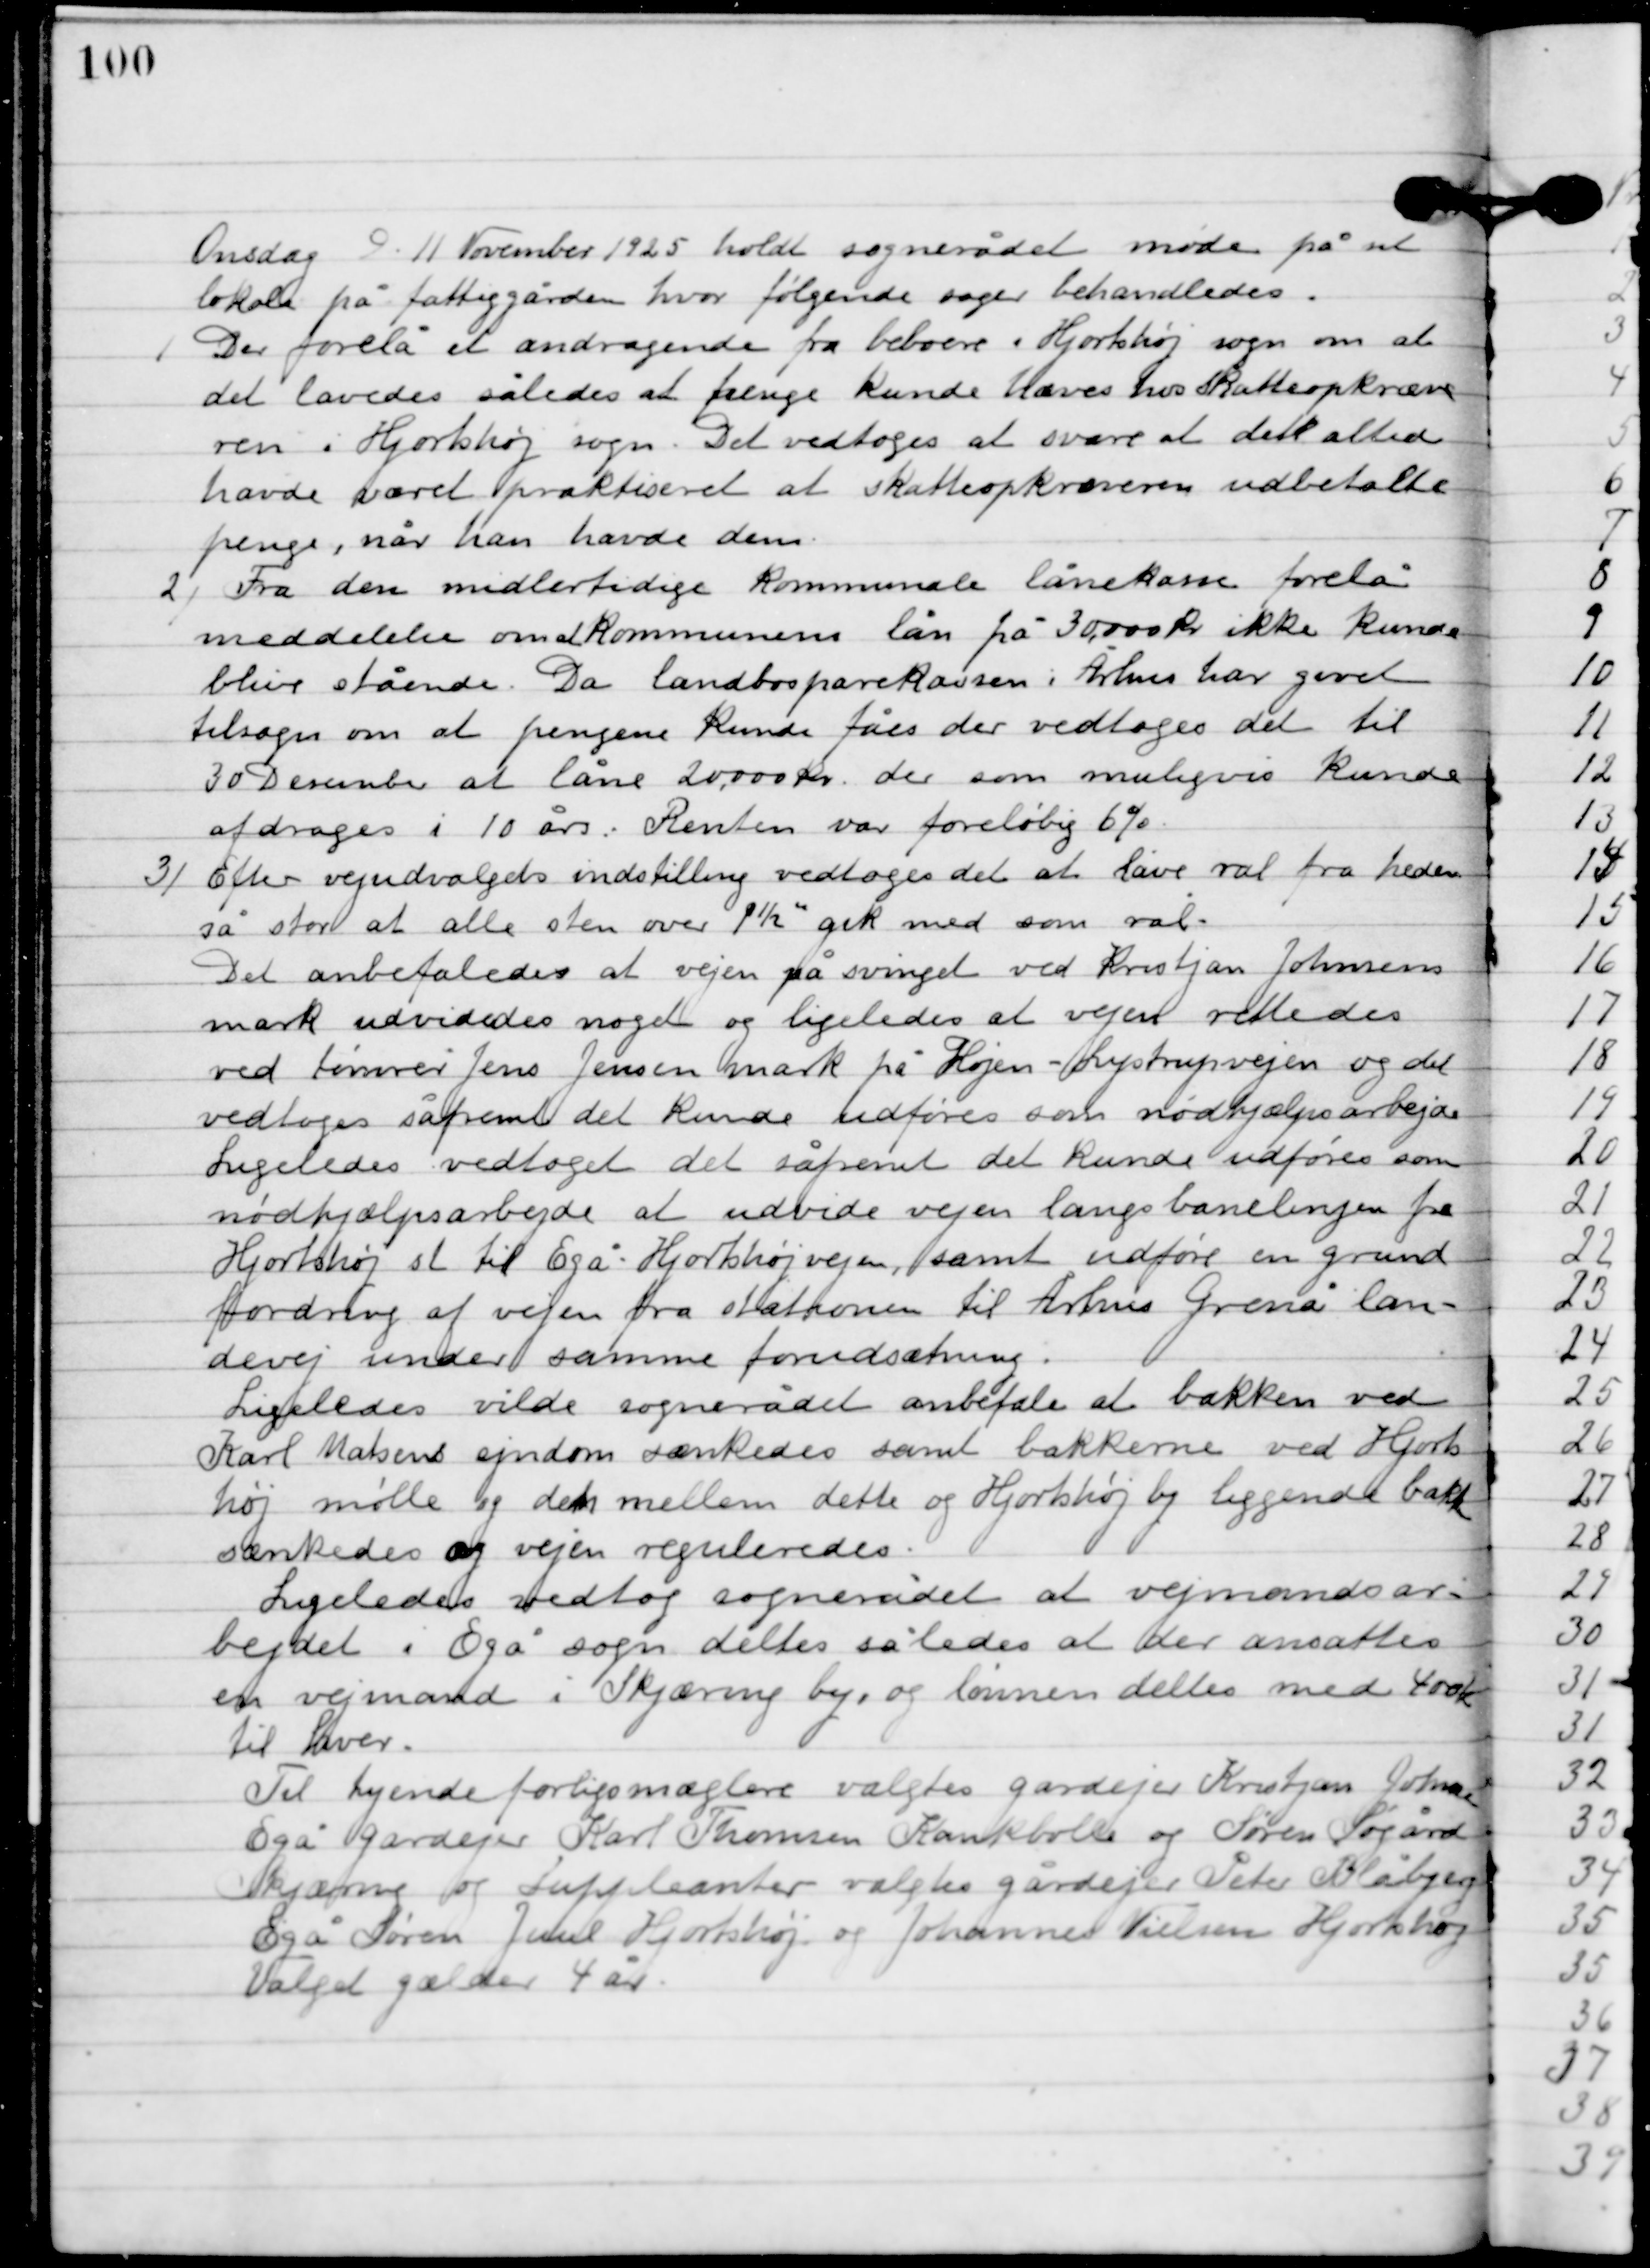
Transskription:
Onsdag D. 11. November 1925 holdt sognerådet møde på sit
lokale på fattiggården, hvor følgende sager behandledes.

1

Der forelå et andragende fra beboerne i Hjortshøj sogn om at
det lavedes således at penge kunde hæves hos skatteopkræve-
ren i Hjortshøj sogn. Det vedtoges at svare at der allerede
have været praktiseret at skatteopkræveren udbetalte
penge, når han havde dem.

2

Fra den midlertidige kommunale lånekasse forelå
meddelelse om at kommunens lån på 30.000 kr. ikke kunde
blive stående. Da Lanbosparekassen i Århus har givet
tilsagn om at pengene kunde fås der vedtoges det til
30. December at låne 20.000 kr. der som muligvis kunde
afdrages i 10 år. Renten var foreløbig 6 %.

3

Efter vejudvalgets indstilling vedtoges det at lave ral fra heden
så stor at alle sten over 1½” gik med som ral.
Det anbefales at vejen på svinget ved Kristjan Johansens
mark udvidedes noget og ligeledes at vejen rettedes
ved tømrer Jens Jensen mark på Højen-Lystrupvejen og det
vedtoges såfremt det kunde udføres som nødhjælpsarbejde.
Ligeledes vedtoget det såfremt det unde udføres som
nødhjælpsarbejde at udvide vejen langs banelinen fra
Hjortshøj st. til Egå Hjortshøjvejen, samt udføre en grund
fordring af vejen fra stationen til Århus Grenå lan-
devej under samme forudsætning.
Ligeledes vilde sognerådet anbefale at bakken ved
Karl Matsen ejendom sænkedes samt bakkerne ved Hjorts-
høj mølle og den mellem dette og Hjortshøj by liggende bakke
sænkedes og vejen reguleredes.
Ligeledes vedtog sognerådet at vejmandsar-
bejdet i Egå sogn deltes således at der ansættes
en vejmand i Skæring by, og lønnen deltes med 400 kr.
til hver.
Til tyende forligsmægler valgtes gårdejer Kristjan Jonansen
Egå gårdejer Karl Thomsen Kankbølle og Søren Søgård
Skjæring og suppleanter valgtes gårdejer Peter Blåbjerg
Egå Søren Juul Hjortshøj og Johannes Nielsen Hjortshøj.
Valget gælder 4 år.